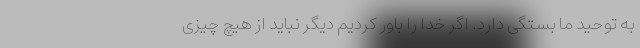
به توحید ما بستگی دارد. اگر خدا را باور کردیم دیگر نباید از هیچ چیزی